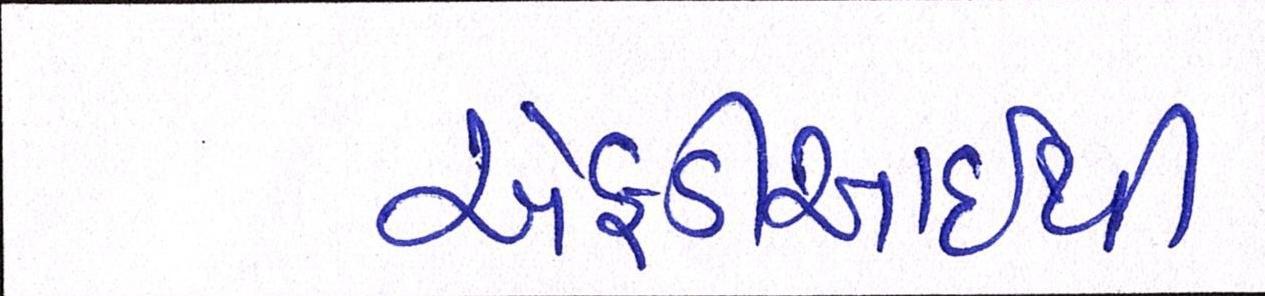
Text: એફડીઆઇથી